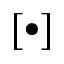
[ \bullet ]